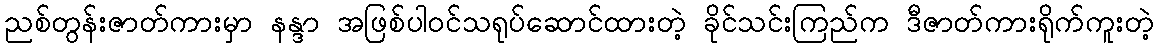
ညစ်တွန်းဇာတ်ကားမှာ နန္ဒာ အဖြစ်ပါဝင်သရုပ်ဆောင်ထားတဲ့ ခိုင်သင်းကြည်က ဒီဇာတ်ကားရိုက်ကူးတဲ့